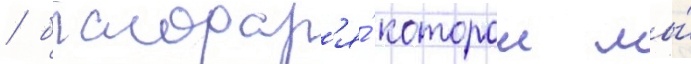
/ благодар'я́ которои мы́